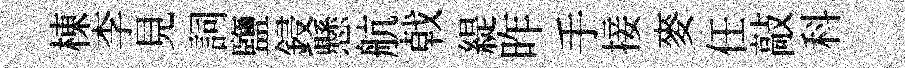
棟李見詞鹽鋟懸航㦸緹昨手接麥任敲科